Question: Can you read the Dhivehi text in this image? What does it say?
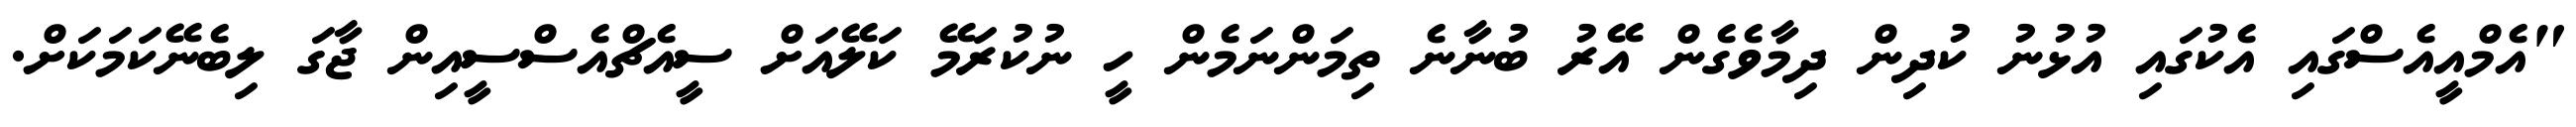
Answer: "އެމްއީއެސްގައި އެކުގައި އުޅުނު ކުދިން ދިމާވެގެން އޭރު ބުނާނެ ތިމަންނަމެން ހީ ނުކުރަމޭ ކަލޭއަށް ސީއެޗްއެސްސީއިން ޖާގަ ލިބެނޭކަމަކަށް.